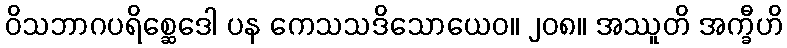
ဝိသဘာဂပရိစ္ဆေဒေါ ပန ကေသသဒိသောယေဝ။ ၂၀၈။ အဿူတိ အက္ခီဟိ